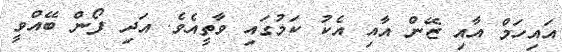
އައިހަމް އާއި ޒޭން އާއި އެކު ކަމުގައި ވާތީއެވެ. އަދި ފޯން ބޭއްވީ